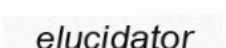
elucidator